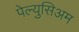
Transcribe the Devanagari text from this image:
पेल्युसिअम